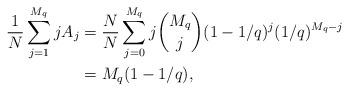
LaTeX: \begin{align*}\frac{1}{N}\sum_{j =1}^{M_q} j A_j &= \frac{N}{N}\sum_{j=0}^{M_q}j\binom{M_q}{j}(1-1/q)^j(1/q)^{M_q-j}\\& = M_q(1-1/q),\end{align*}